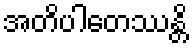
အတိပါတေဿန္တိ